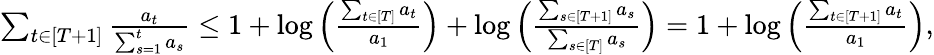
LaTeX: \begin{array}{r}{\sum_{t\in[T+1]}\frac{a_{t}}{\sum_{s=1}^{t}a_{s}}\leq 1+\log\left(\frac{\sum_{t\in[T]}a_{t}}{a_{1}}\right)+\log\left(\frac{\sum_{s\in[T+1]}a_{s}}{\sum_{s\in[T]}a_{s}}\right)=1+\log\left(\frac{\sum_{t\in[T+1]}a_{t}}{a_{1}}\right),}\end{array}